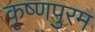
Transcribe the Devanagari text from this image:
कृष्णपुरम